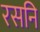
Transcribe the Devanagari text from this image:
रसनि